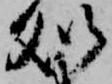
処